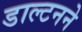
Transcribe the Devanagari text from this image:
डाल्टनने